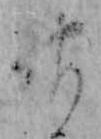
神